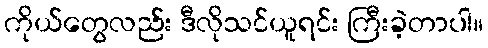
ကိုယ်တွေလည်း ဒီလိုသင်ယူရင်း ကြီးခဲ့တာပါ။